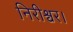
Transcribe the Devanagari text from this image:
निरीश्वर।